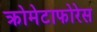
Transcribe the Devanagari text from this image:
क्रोमेटाफोरेस